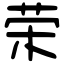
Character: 荣